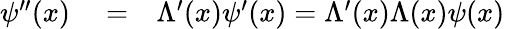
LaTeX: \begin{array}{rlr}{\psi^{\prime\prime}(x)}&{{}=}&{\Lambda^{\prime}(x)\psi^{\prime}(x)=\Lambda^{\prime}(x)\Lambda(x)\psi(x)}\end{array}